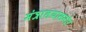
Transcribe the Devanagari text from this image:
मंत्रालयासमोर